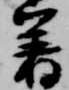
着